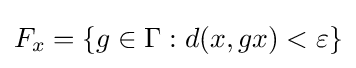
F_{x}=\{g\in \Gamma :d(x,gx)<\varepsilon \}